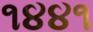
૧૪૪૧